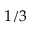
1 / 3